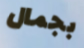
بجمال